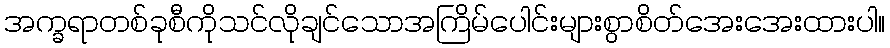
အက္ခရာတစ်ခုစီကိုသင်လိုချင်သောအကြိမ်ပေါင်းများစွာစိတ်အေးအေးထားပါ။